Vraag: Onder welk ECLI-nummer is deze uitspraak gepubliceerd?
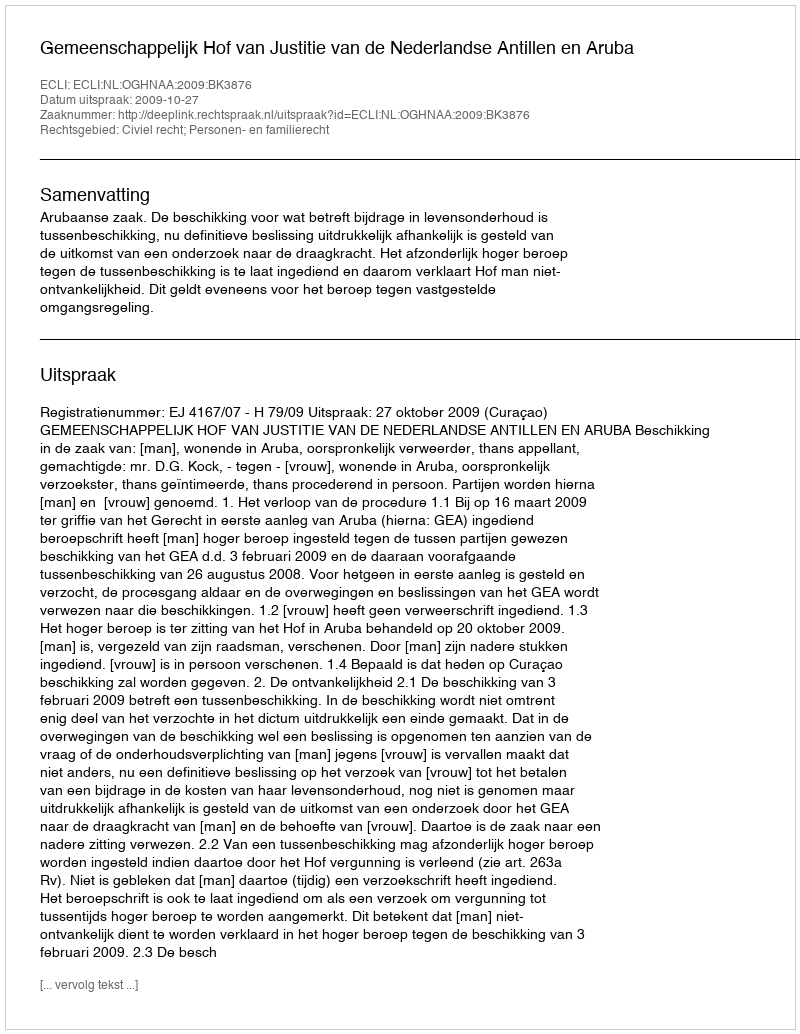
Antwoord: ECLI:NL:OGHNAA:2009:BK3876